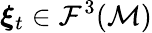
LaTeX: \boldsymbol{\xi}_{t}\in\mathcal{F}^{3}(\mathcal{M})